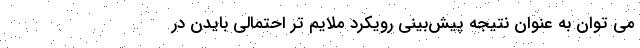
می توان به عنوان نتیجه پیش‌بینی رویکرد ملایم‌ تر احتمالی بایدن در